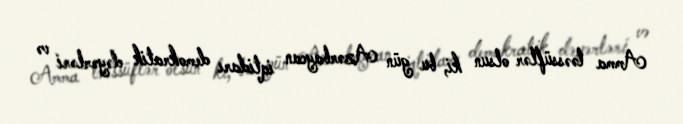
Amma təəssüflər olsun ki, bu gün Azərbaycan iqtidarı demokratik dəyərləri və